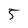
Character: 5